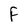
Character: f